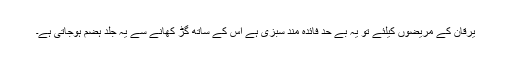
یرقان کے مریضوں کیلئے تو یہ بے حد فائدہ مند سبزی ہے اس کے ساتھ گُڑ کھانے سے یہ جلد ہضم ہوجاتی ہے۔